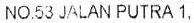
NO.53 JALAN PUTRA 1,